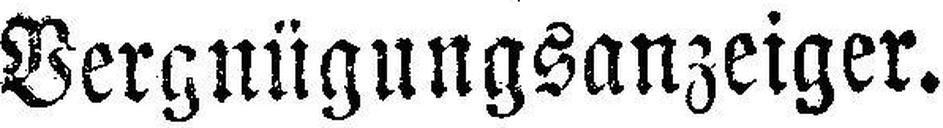
Vergnügungsanzeiger.